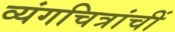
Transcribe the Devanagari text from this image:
व्यंगचित्रांचीं